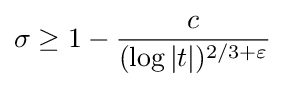
\sigma \geq 1-{\frac {c}{(\log |t|)^{2/3+\varepsilon }}}